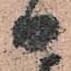
日